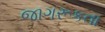
જાગરૂકતા